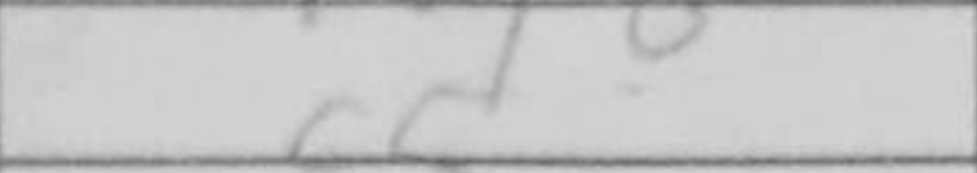
Transcription: c5